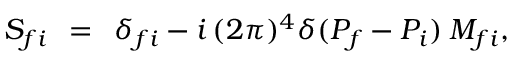
S _ { f i } \: \: = \: \: \delta _ { f i } - i \, ( 2 \pi ) ^ { 4 } \delta ( P _ { f } - P _ { i } ) \: { \cal M } _ { f i } ,